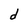
Character: d